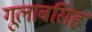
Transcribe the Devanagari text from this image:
गूलाबसिह